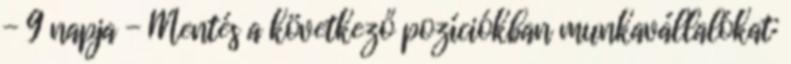
- 9 napja - Mentés a következő pozíciókban munkavállalókat: